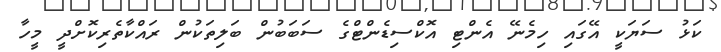
ކަޅު ސަޔަކީ އޭގައި ހިމެނޭ އެންޓި އޮކްސިޑެންޓްގެ ސަބަބުން ބަލިތަކުން ރައްކާތެރިކޮށްދީ މީހާ